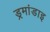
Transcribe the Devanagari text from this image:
ड्रमांडाइ